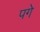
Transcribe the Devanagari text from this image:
पगे